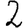
Digit: 2